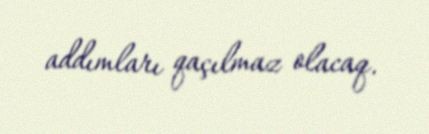
addımları qaçılmaz olacaq.